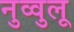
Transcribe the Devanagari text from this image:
नुव्वुलू